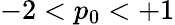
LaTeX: -2<p_{0}<+1